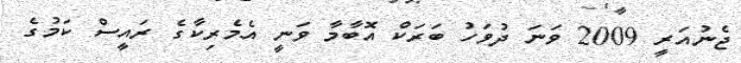
ޖެނުއަރީ 2009 ވަނަ ދުވަހު ބަރަކް އޮބާމާ ވަނީ އެމެރިކާގެ ރައީސް ކަމުގެ